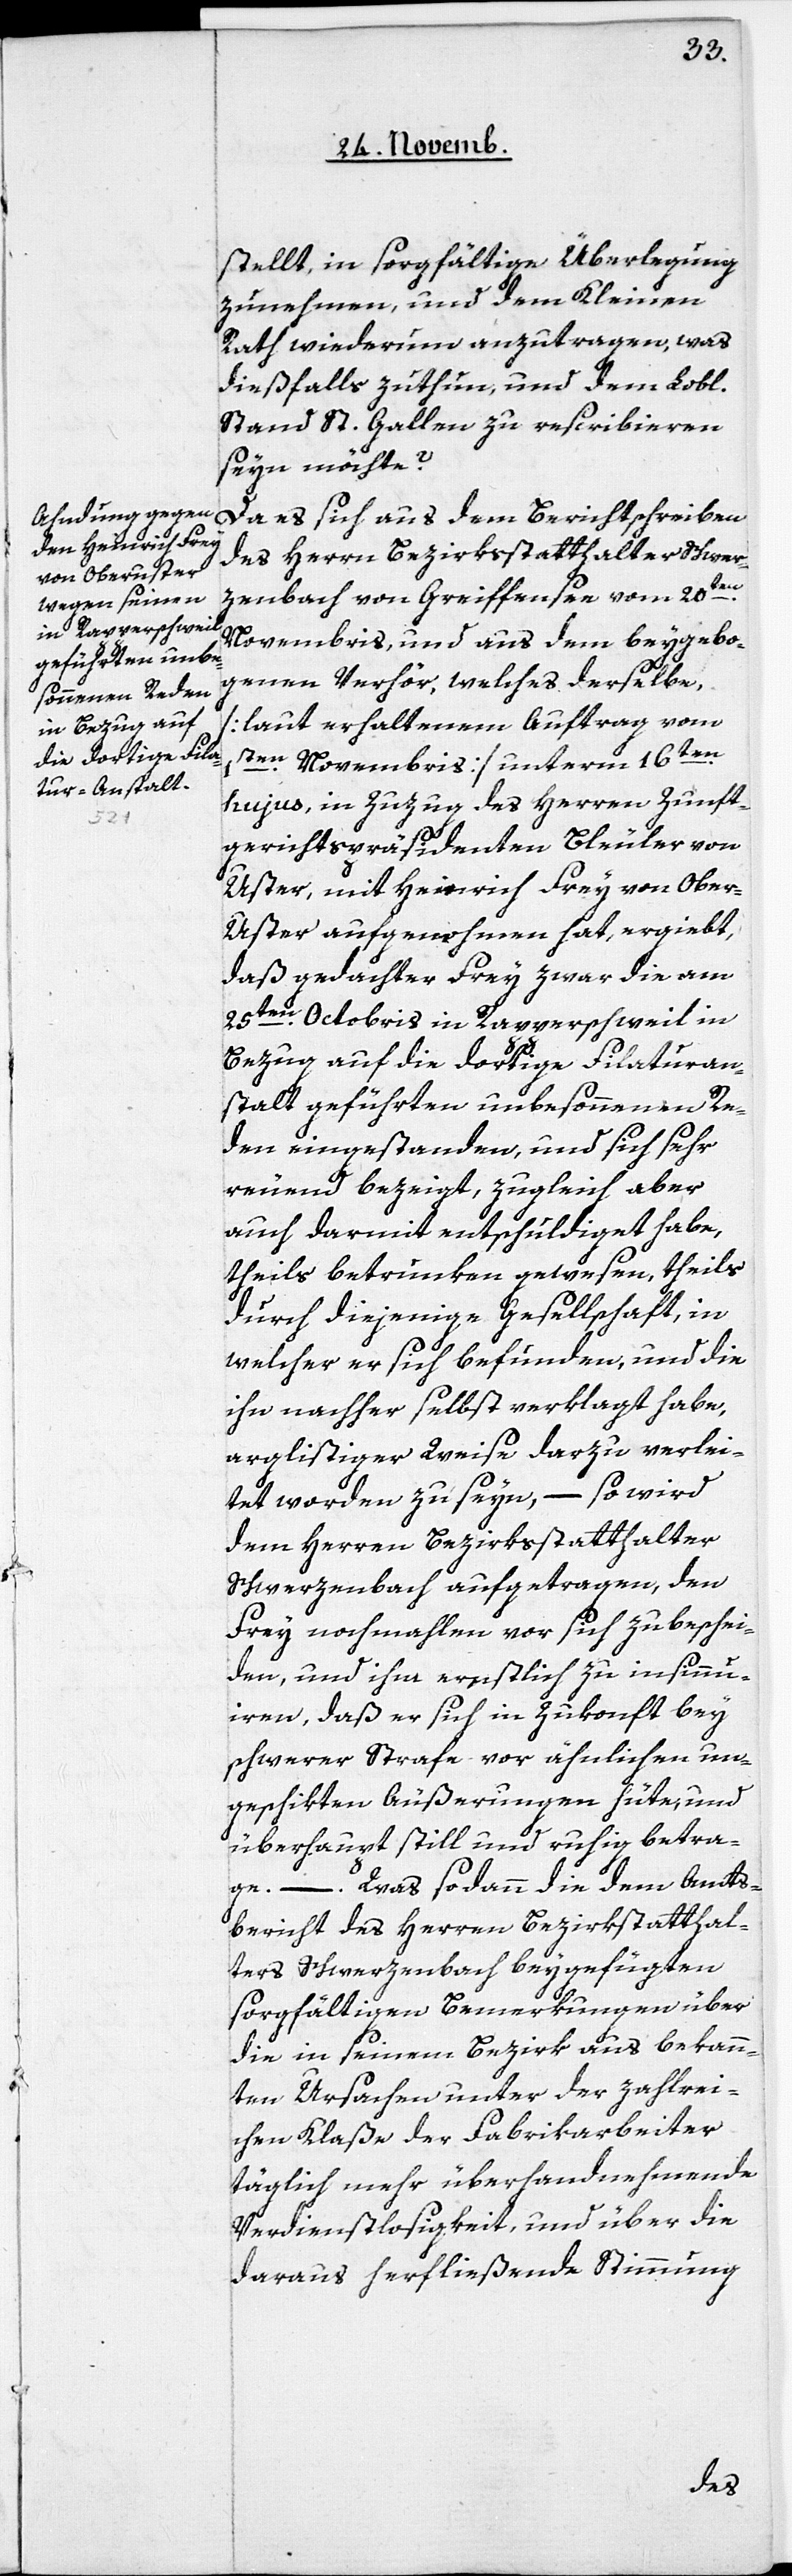
stellt, in sorgfältige Überlegung
zunehmen, und dem Kleinen
Rath wiederum anzutragen, was
dießfalls zuthun, und dem Lobl.
Stand St. Gallen zu rescribieren
seyn möchte?
Da es sich aus dem Berichtschreiben
des Herrn Bezirksstatthalter Schwer¬
zenbach von Greifensee vom 20ten.
Novembris, und aus dem beygebo¬
genen Verhör, welches derselbe,
[laut erhaltenem Auftrag vom
1sten. Novembris] unterm 16ten.
hujus, in Zuzug des Herren Zunft¬
gerichtspräsidenten Bleuler von
Uster, mit Heinrich Frey von Ober-U¬
ster aufgenohmen hat, ergiebt,
daß gedachter Frey zwar die am
25ten. Octobris in Rapperschweil in
Bezug auf die dortige Filaturan¬
stalt geführten unbesonnenen Re¬
den eingestanden, und sich sehr
reuend bezeigt, zugleich aber
auch darmit entschuldiget habe,
theils betrunken gewesen, theils
durch diejenige Gesellschaft, in
welcher er sich befunden, und die
ihn nachher selbst verklagt habe,
arglistiger Weise darzu verlei¬
tet worden zu seyn, – so wird
dem Herren Bezirksstatthalter
Schwerzenbach aufgetragen, den
Frey nochmahlen vor sich zu beschei¬
den, und ihm ernstlich zu insinnu¬
iren, daß er sich in Zukonft bey
schwerer Strafe vor ähnlichen un¬
geschikten Äußerungen hüte, und
überhaupt still und ruhig betra¬
Was sodann die dem Amts¬
ge. –.
bericht des Herren Bezirksstatthal¬
ter Schwerzenbach beygefügten
sorgfältigen Bemerkungen über
die in seinem Bezirk aus bekann¬
ten Ursachen unter der zahlrei¬
chen Klaße der Fabrikarbeiter
täglich mehr überhandnehmende
Verdienstlosigkeit, und über die
daraus herfließende Stimmung